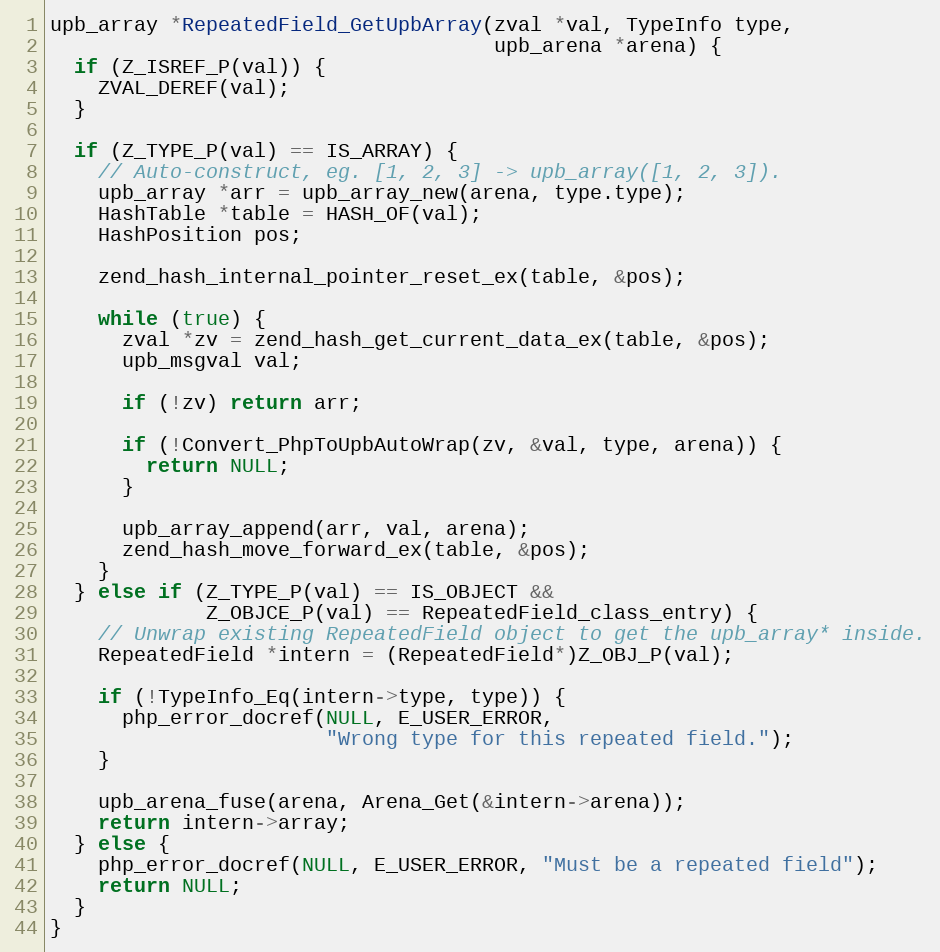
Language: C
upb_array *RepeatedField_GetUpbArray(zval *val, TypeInfo type,
                                     upb_arena *arena) {
  if (Z_ISREF_P(val)) {
    ZVAL_DEREF(val);
  }

  if (Z_TYPE_P(val) == IS_ARRAY) {
    // Auto-construct, eg. [1, 2, 3] -> upb_array([1, 2, 3]).
    upb_array *arr = upb_array_new(arena, type.type);
    HashTable *table = HASH_OF(val);
    HashPosition pos;

    zend_hash_internal_pointer_reset_ex(table, &pos);

    while (true) {
      zval *zv = zend_hash_get_current_data_ex(table, &pos);
      upb_msgval val;

      if (!zv) return arr;

      if (!Convert_PhpToUpbAutoWrap(zv, &val, type, arena)) {
        return NULL;
      }

      upb_array_append(arr, val, arena);
      zend_hash_move_forward_ex(table, &pos);
    }
  } else if (Z_TYPE_P(val) == IS_OBJECT &&
             Z_OBJCE_P(val) == RepeatedField_class_entry) {
    // Unwrap existing RepeatedField object to get the upb_array* inside.
    RepeatedField *intern = (RepeatedField*)Z_OBJ_P(val);

    if (!TypeInfo_Eq(intern->type, type)) {
      php_error_docref(NULL, E_USER_ERROR,
                       "Wrong type for this repeated field.");
    }

    upb_arena_fuse(arena, Arena_Get(&intern->arena));
    return intern->array;
  } else {
    php_error_docref(NULL, E_USER_ERROR, "Must be a repeated field");
    return NULL;
  }
}